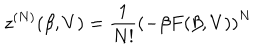
z ^ { ( N ) } ( \beta , V ) = \frac { 1 } { N ! } \left( - \beta F ( \beta , V ) \right) ^ { N }